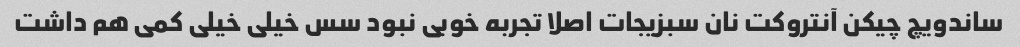
ساندویچ چیکن آنتروکت نان سبزیجات اصلا تجربه خوبی نبود سس خیلی خیلی کمی هم داشت